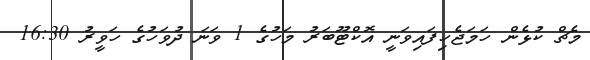
މެޗް ކުޅެން ހަމަޖެހިފައިވަނީ އޮކްޓޫބަރު މަހުގެ 1 ވަނަ ދުވަހުގެ ހަވީރު 16:30